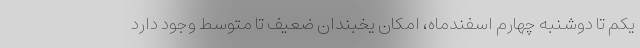
یکم تا دوشنبه چهارم اسفندماه، امکان یخبندان ضعیف تا متوسط وجود دارد